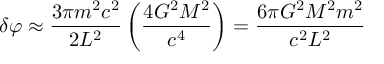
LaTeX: \delta \varphi \approx { \frac { 3 \pi m ^ { 2 } c ^ { 2 } } { 2 L ^ { 2 } } } \left( { \frac { 4 G ^ { 2 } M ^ { 2 } } { c ^ { 4 } } } \right) = { \frac { 6 \pi G ^ { 2 } M ^ { 2 } m ^ { 2 } } { c ^ { 2 } L ^ { 2 } } }